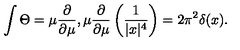
\int \Theta = \mu { \frac { \partial } { \partial \mu } } , \mu { \frac { \partial } { \partial \mu } } \left( { \frac { 1 } { | x | ^ { 4 } } } \right) = 2 \pi ^ { 2 } \delta ( x ) .